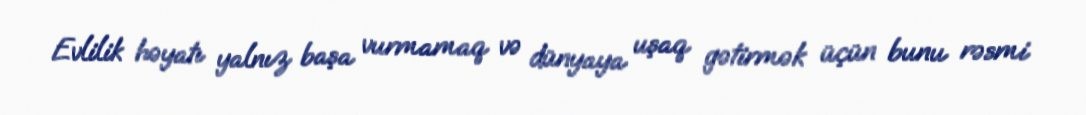
Evlilik həyatı yalnız başa vurmamaq və dünyaya uşaq gətirmək üçün bunu rəsmi